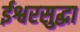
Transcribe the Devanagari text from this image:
ईश्वरसुद्धा